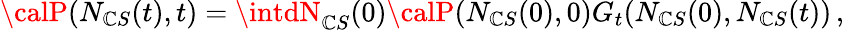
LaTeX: {\calP}(N_{\mathbb{C}S}(t),t)=\intdN_{\mathbb{C}S}(0){\calP}(N_{\mathbb{C}S}(0),0)G_{t}(N_{\mathbb{C}S}(0),N_{\mathbb{C}S}(t))\, ,